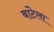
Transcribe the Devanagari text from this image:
बांटेला